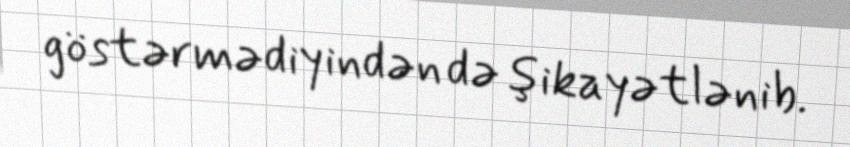
göstərmədiyindən də şikayətlənib.